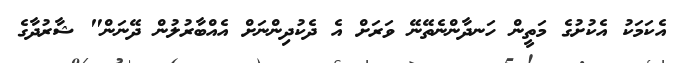
އެކަމަކު އެކުށުގެ މަތީން ހަނދާންނެތޭނޭ ވަރަށް އެ ދެކުދިންނަށް އެއްބާރުލުން ދޭނަން" ޝާރުދާގެ